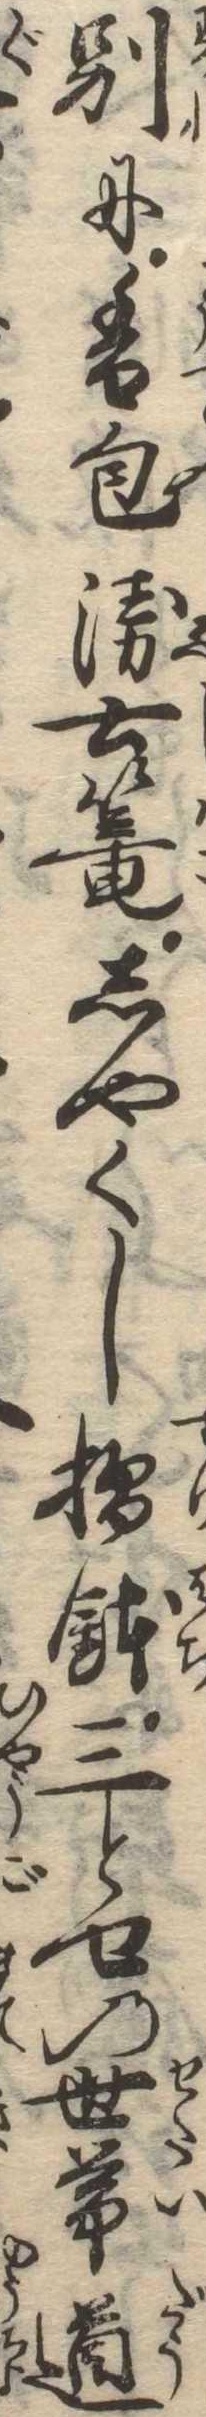
別に香包衛士篭しやくし摺鉢三とせの世帯道